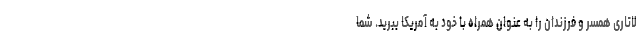
لاتاری همسر و فرزندان را به عنوان همراه با خود به آمریکا ببرید. شما